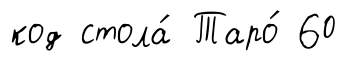
код стола́ Таро́ 60